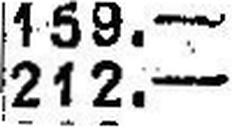
212.—